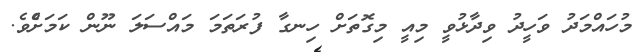
މުހައްމަދު ވަހީދު ވިދާޅުވީ މިއީ މިގޮތަށް ހިނގާ ފުރަތަމަ މައްސަލަ ނޫން ކަމަށްެވެ.